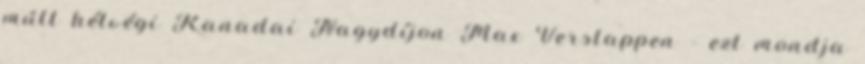
múlt hétvégi Kanadai Nagydíjon Max Verstappen – ezt mondja